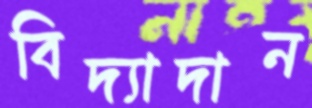
বিদ্যাদান